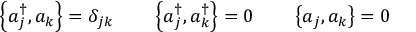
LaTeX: \left\{ a _ { j } ^ { \dagger } , a _ { k } \right\} = \delta _ { j k } \qquad \left\{ a _ { j } ^ { \dagger } , a _ { k } ^ { \dagger } \right\} = 0 \qquad \left\{ a _ { j } , a _ { k } \right\} = 0